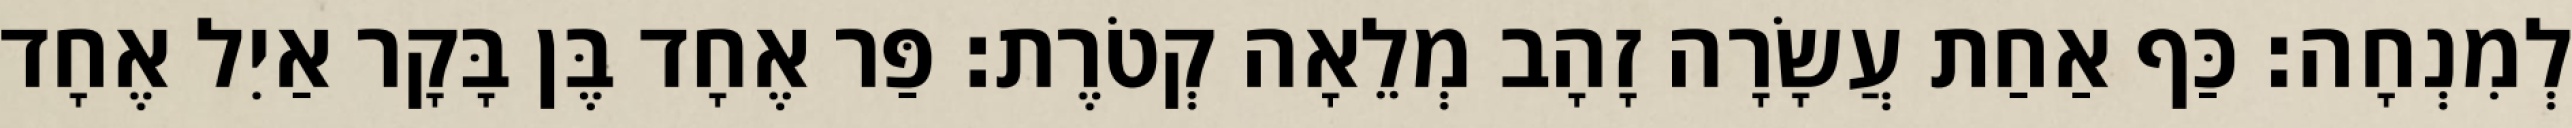
לְמִנְחָה׃ כַּף אַחַת עֲשָׂרָה זָהָב מְלֵאָה קְטֹרֶת׃ פַּר אֶחָד בֶּן בָּקָר אַיִל אֶחָד